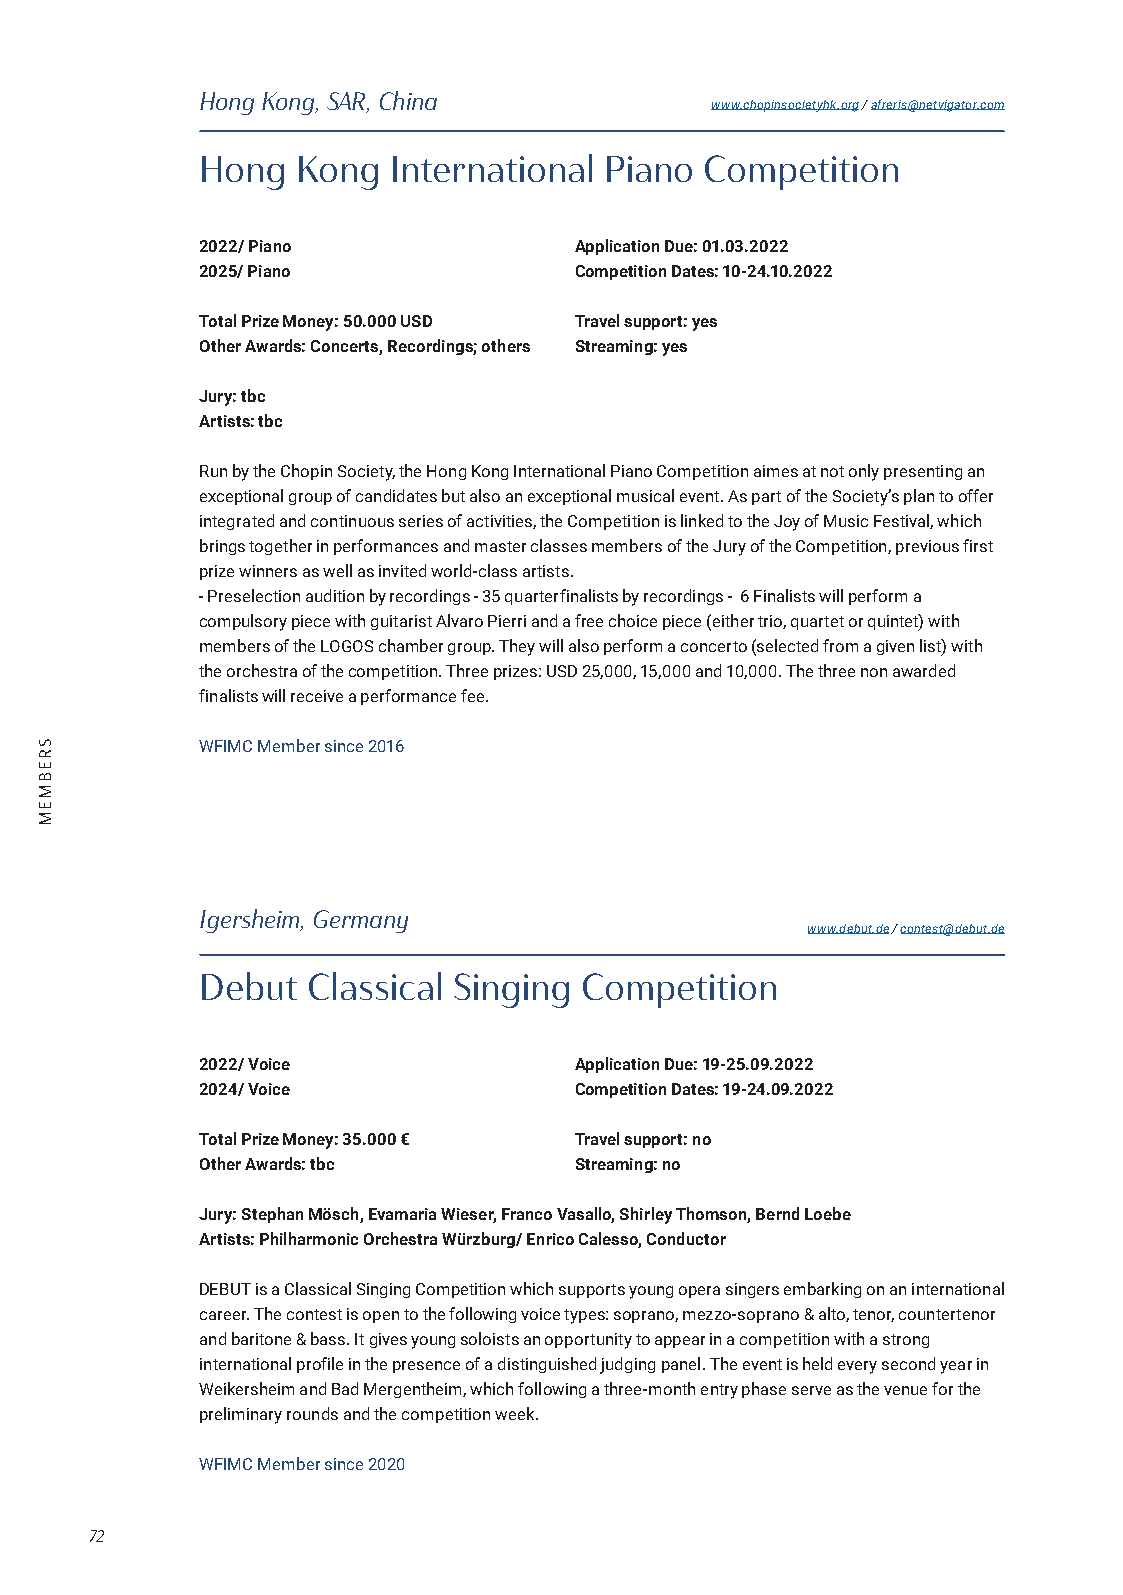
Hong Kong, SAR, China
 www.chopinsocietyhk.org / afreris@netvigator.com
 Hong   Kong  International Piano  Competition
 2022/ Piano              Application Due: 01.03.2022
 2025/ Piano              Competition Dates: 10-24.10.2022
 Total Prize Money: 50.000 USD Travel support: yes
 Other Awards: Concerts, Recordings; others Streaming: yes
 Jury: tbc
 Artists: tbc
 Run by the Chopin Society, the Hong Kong International Piano Competition aimes at not only presenting an
 exceptional group of candidates but also an exceptional musical event. As part of the Society’s plan to offer
 integrated and continuous series of activities, the Competition is linked to the Joy of Music Festival, which
 brings together in performances and master classes members of the Jury of the Competition, previous first
 prize winners as well as invited world-class artists.
 - Preselection audition by recordings - 35 quarterfinalists by recordings - 6 Finalists will perform a
 compulsory piece with guitarist Alvaro Pierri and a free choice piece (either trio, quartet or quintet) with
 members of the LOGOS chamber group. They will also perform a concerto (selected from a given list) with
 the orchestra of the competition. Three prizes: USD 25,000, 15,000 and 10,000. The three non awarded
 finalists will receive a performance fee.
 WFIMC Member since 2016
 Igersheim, Germany
 www.debut.de / contest@debut.de
 Debut  Classical Singing Competition
 2022/ Voice              Application Due: 19-25.09.2022
 2024/ Voice              Competition Dates: 19-24.09.2022
 Total Prize Money: 35.000 € Travel support: no
 Other Awards: tbc        Streaming: no
 Jury: Stephan Mösch, Evamaria Wieser, Franco Vasallo, Shirley Thomson, Bernd Loebe
 Artists: Philharmonic Orchestra Würzburg/ Enrico Calesso, Conductor
 DEBUT is a Classical Singing Competition which supports young opera singers embarking on an international
 career. The contest is open to the following voice types: soprano, mezzo-soprano & alto, tenor, countertenor
 and baritone & bass. It gives young soloists an opportunity to appear in a competition with a strong
 international profile in the presence of a distinguished judging panel. The event is held every second year in
 Weikersheim and Bad Mergentheim, which following a three-month entry phase serve as the venue for the
 preliminary rounds and the competition week.
 WFIMC Member since 2020
 72
 SREBMEM